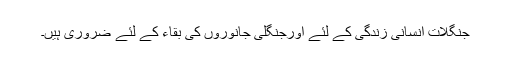
جنگلات انسانی زندگی کے لئے اورجنگلی جانوروں کی بقاء کے لئے ضروری ہیں۔